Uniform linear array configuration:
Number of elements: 4
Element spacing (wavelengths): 0.25
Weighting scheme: cosine
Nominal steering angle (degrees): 30
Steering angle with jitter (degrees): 29.666
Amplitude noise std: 0.05
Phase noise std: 0.05

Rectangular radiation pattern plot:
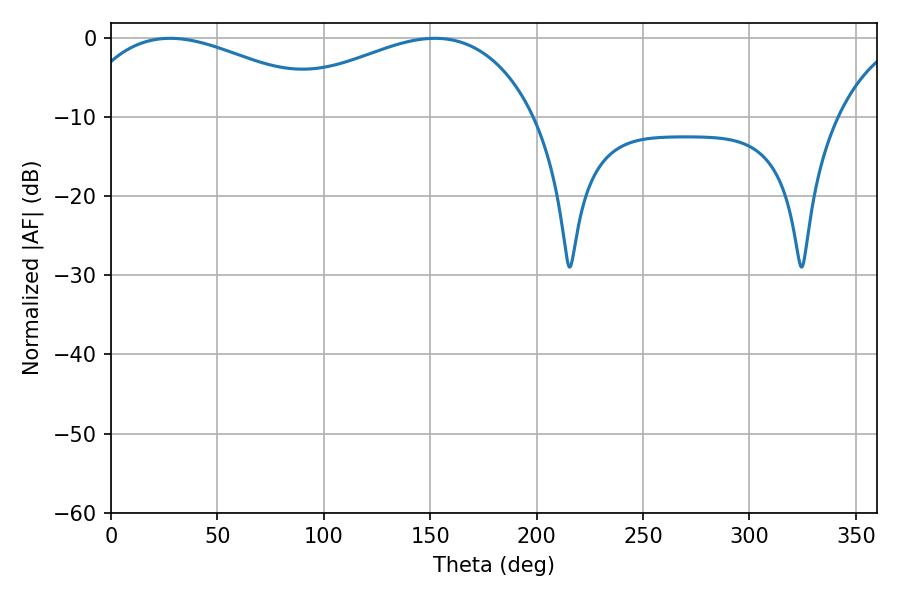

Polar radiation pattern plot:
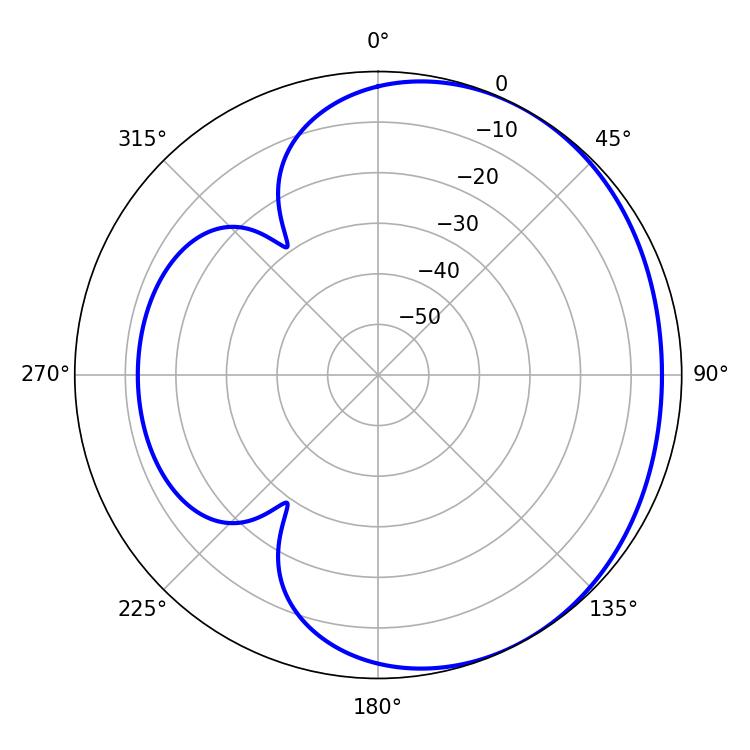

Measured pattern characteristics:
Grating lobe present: FALSE
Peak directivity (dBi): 2.14
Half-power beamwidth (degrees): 70.02
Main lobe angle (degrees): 27.72